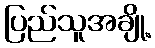
ပြည်သူအချို့